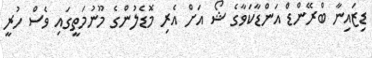
ޑިޒައިނާ ބްރޭންޑް އަންޑާކަވާގެ ޝޯ އަށް އެރި މޮޑެލުންގެ މޫނުމަތީގައި ވެސް ހުރީ